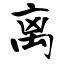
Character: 离